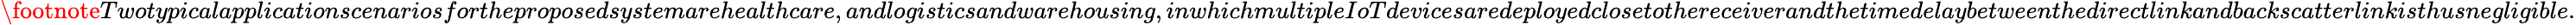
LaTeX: \footnote{Twotypicalapplicationscenariosfortheproposedsystemarehealthcare,andlogisticsandwarehousing,inwhichmultipleIoTdevicesaredeployedclosetothereceiverandthetimedelaybetweenthedirectlinkandbackscatterlinkisthusnegligible.}